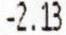
-2.13